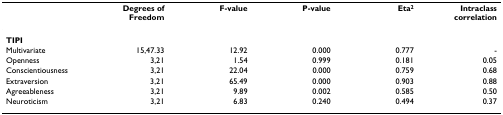
<table><thead><tr><td></td><td><b>Degrees of Freedom</b></td><td><b>F-value</b></td><td><b>P-value</b></td><td><b>Eta<sup>2</sup></b></td><td><b>Intraclass correlation</b></td></tr></thead><tbody><tr><td><b>TIPI</b></td><td></td><td></td><td></td><td></td><td></td></tr><tr><td>Multivariate</td><td>15,47.33</td><td>12.92</td><td>0.000</td><td>0.777</td><td>-</td></tr><tr><td>Openness</td><td>3,21</td><td>1.54</td><td>0.999</td><td>0.181</td><td>0.05</td></tr><tr><td>Conscientiousness</td><td>3,21</td><td>22.04</td><td>0.000</td><td>0.759</td><td>0.68</td></tr><tr><td>Extraversion</td><td>3,21</td><td>65.49</td><td>0.000</td><td>0.903</td><td>0.88</td></tr><tr><td>Agreeableness</td><td>3,21</td><td>9.89</td><td>0.002</td><td>0.585</td><td>0.50</td></tr><tr><td>Neuroticism</td><td>3,21</td><td>6.83</td><td>0.240</td><td>0.494</td><td>0.37</td></tr></tbody></table>